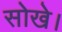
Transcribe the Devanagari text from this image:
सोखे।